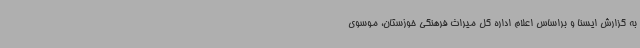
به گزارش ایسنا و براساس اعلام اداره کل میراث فرهنگی خوزستان، موسوی